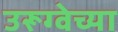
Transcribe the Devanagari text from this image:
उरूग्वेच्या